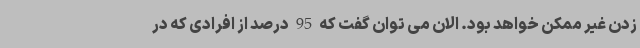
زدن غیر ممکن خواهد بود. الان می توان گفت که 95 درصد از افرادی که در